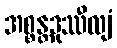
အစ္စန္တဒုဿီလျံ